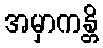
အမှာကန္တိ